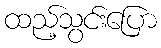
ထည့်သွင်းပြော